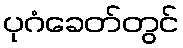
ပုဂံခေတ်တွင်